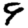
Digit: 9